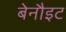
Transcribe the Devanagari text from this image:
बेनौइट